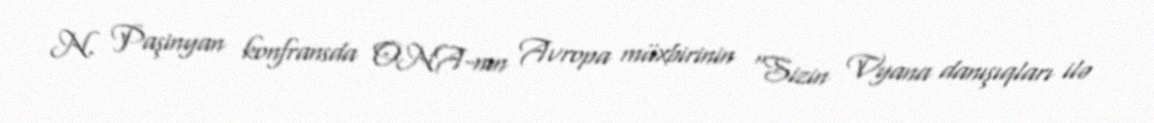
N. Paşinyan konfransda ONA-nın Avropa müxbirinin "Sizin Vyana danışıqları ilə